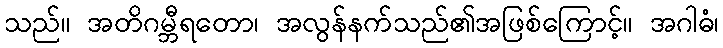
သည်။ အတိဂမ္ဘီရတော၊ အလွန်နက်သည်၏အဖြစ်ကြောင့်။ အဂါဓံ၊